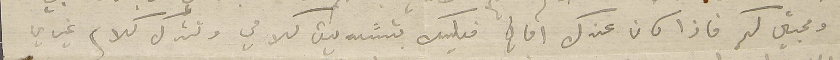
ومحبتي لكم فاذا كان عندك اماني فعليك بتسَديق كلامي وتترك كلام غيري